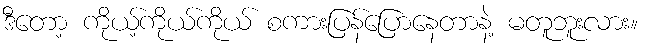
ဒီတော့ ကိုယ့်ကိုယ်ကိုယ် စကားပြန်ပြောနေတာနဲ့ မတူဘူးလား။